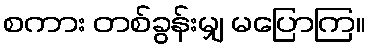
စကား တစ်ခွန်းမျှ မပြောကြ။